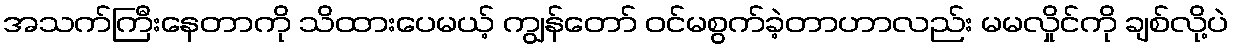
အသက်ကြီးနေတာကို သိထားပေမယ့် ကျွန်တော် ဝင်မစွက်ခဲ့တာဟာလည်း မမလှိုင်ကို ချစ်လို့ပဲ